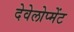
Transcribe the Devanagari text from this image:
देवेलोप्मेंट